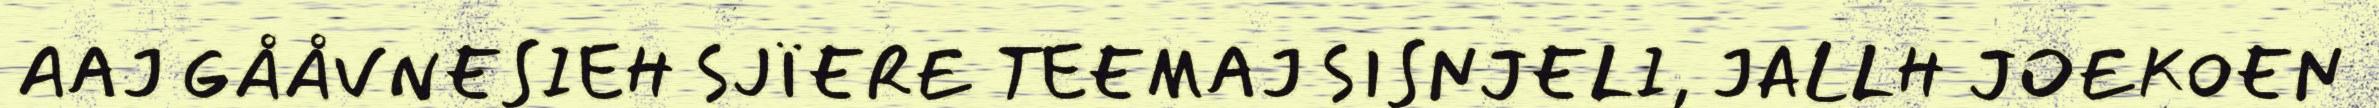
AAJ GÅÅVNESIEH SJÏERE TEEMAJ SISNJELI, JALLH JOEKOEN